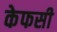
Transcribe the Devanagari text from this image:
केफसी